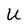
Character: U